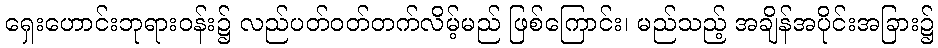
ရှေးဟောင်းဘုရားဝန်း၌ လည်ပတ်ဝတ်တက်လိမ့်မည် ဖြစ်ကြောင်း၊ မည်သည့် အချိန်အပိုင်းအခြား၌